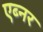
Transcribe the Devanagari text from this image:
एब्नर